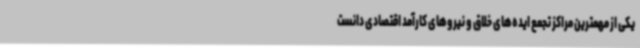
یکی از مهمترین مراکز تجمع ایده‌های خلاق و نیروهای کارآمد اقتصادی دانست